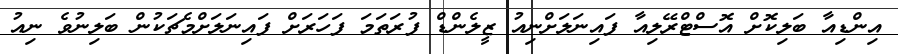
އިންޑިއާ ބަލިކޮށް އޮސްޓްރޭލިއާ ފައިނަލަށްނިއު ޒީލެންޑް ފުރަތަމަ ފަހަރަށް ފައިނަލަށްމެޗަކުން ބަލިނުވެ ނިއު